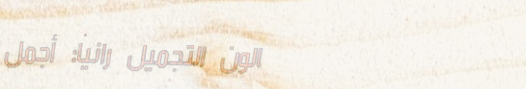
صالون التجميل رانيا: أجمل